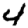
Digit: 4